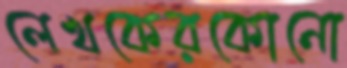
লেখকেরকোনো